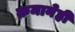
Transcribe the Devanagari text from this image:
क्रमानेही